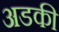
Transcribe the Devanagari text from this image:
अडकी